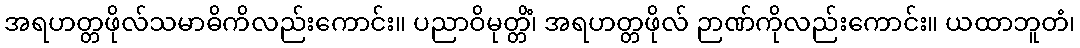
အရဟတ္တဖိုလ်သမာဓိကိလည်းကောင်း။ ပညာဝိမုတ္တိံ၊ အရဟတ္တဖိုလ် ဉာဏ်ကိုလည်းကောင်း။ ယထာဘူတံ၊